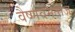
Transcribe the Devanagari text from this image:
वैष्णवमताज